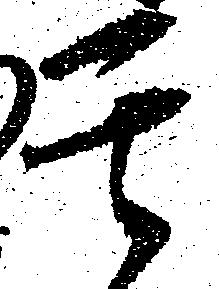
其